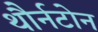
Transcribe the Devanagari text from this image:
थौर्नटोन